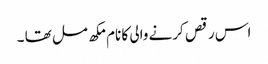
اس رقص کرنے والی کا نام مکھ مل تھا ۔